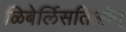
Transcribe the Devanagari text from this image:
ळिबेर्लिसतिओन्